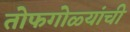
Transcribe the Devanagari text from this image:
तोफगोळ्यांची